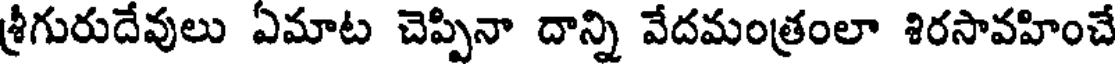
శ్రీగురుదేవులు ఏమాట చెప్పినా దాన్ని వేదమంత్రంలా శిరసావహించే